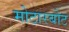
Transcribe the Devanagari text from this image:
मोटारबोट